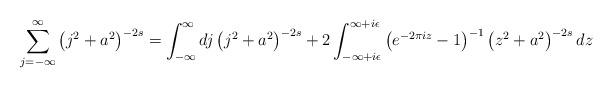
LaTeX: \begin{align*}\sum_{j=-\infty}^{\infty}\left(j^2+a^2\right)^{-2s}=\int_{-\infty}^{\infty}dj\left(j^2+a^2\right)^{-2s}+2\int_{-\infty+i\epsilon}^{\infty+i\epsilon}\left(e^{-2\pi iz}-1\right)^{-1}\left(z^2+a^2\right)^{-2s}dz\end{align*}